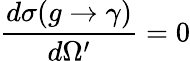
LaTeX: \frac{d\sigma(g\rightarrow\gamma)}{d\Omega^{\prime}}=0